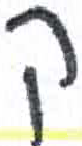
אות: ק